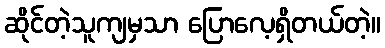
ဆိုင်တဲ့သူကျမှသာ ပြောလေ့ရှိတယ်တဲ့။